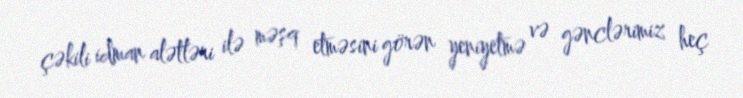
çəkili idman alətləri ilə məşq etməsini görən yeniyetmə və gənclərimiz heç